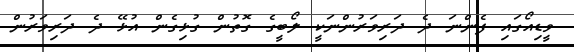
ވީޑިއޯގައި ފެންނަ ދެ ދަރިވަރުންނަކީ ލޯބީގެ ގޮތުން ގުޅިގެން އުޅޭ ދެ ދަރިވަރުން